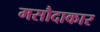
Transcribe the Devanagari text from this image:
मसौदाकार